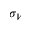
\sigma _ { V }